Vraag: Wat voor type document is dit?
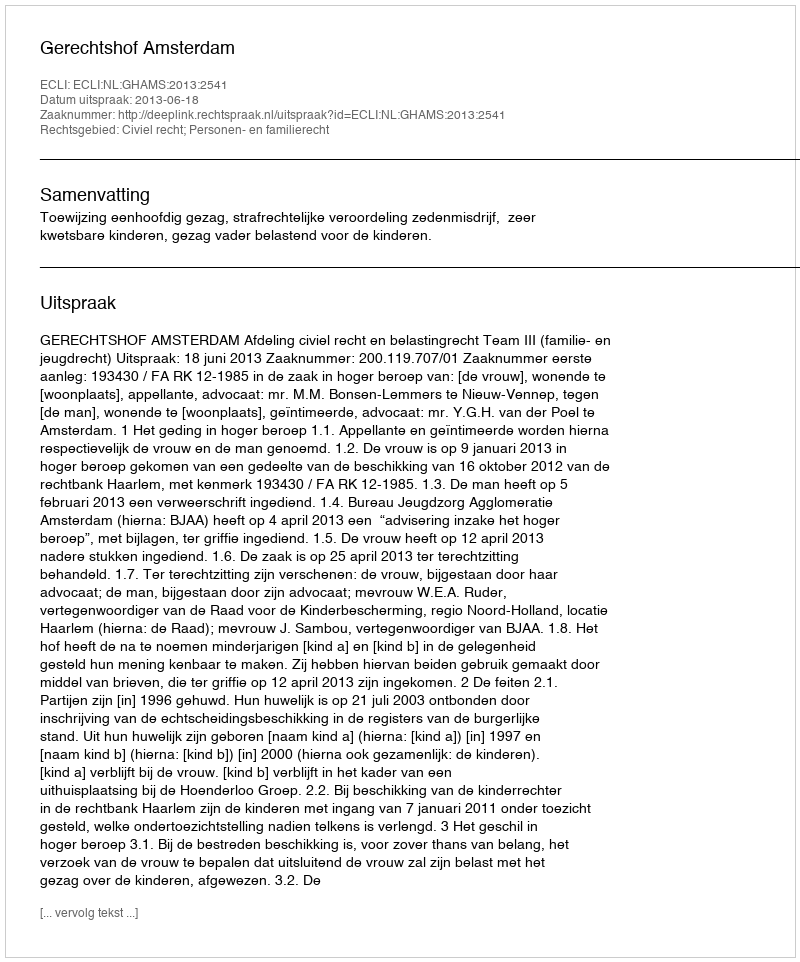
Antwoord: Uitspraak